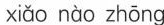
xiǎo nào zhōng